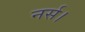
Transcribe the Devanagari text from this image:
नर्स।